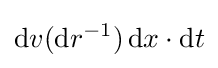
\operatorname {d} \!v(\operatorname {d} \!r^{-1})\operatorname {d} \!x\cdot \operatorname {d} \!t